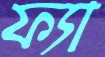
ফ্যা